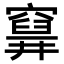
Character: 𥨗